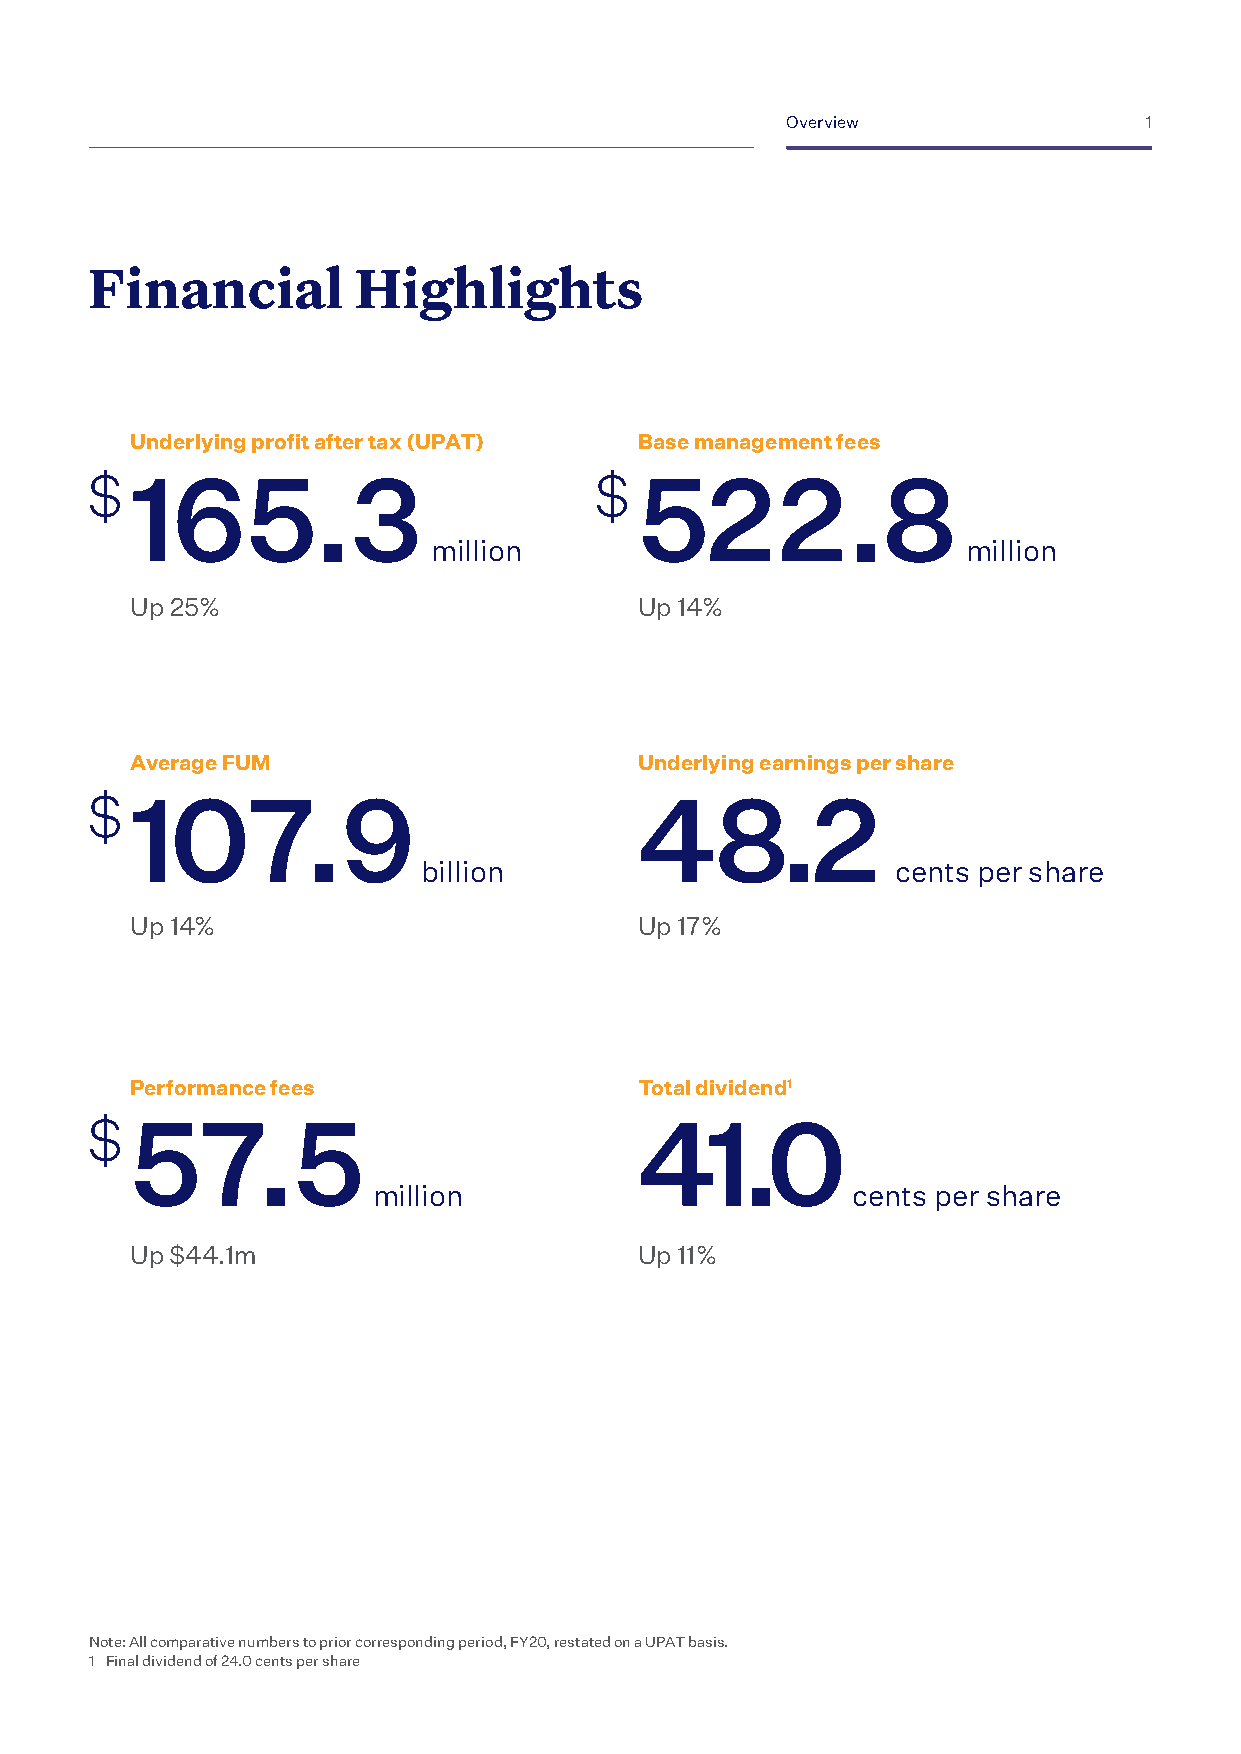
Overview                1
 Financial         Highlights
 Underlying profit after tax (UPAT) Base management fees
 $  165.3                         $  522.8
 million                            million
 Up 25%                           Up 14%
 Average FUM                      Underlying earnings per share
 $  107.9                            48.2
 billion                        cents per share
 Up 14%                           Up 17%
 Performance fees                 Total dividend1
 $  57.5                             41.0
 million                        cents per share
 Up $44.1m                        Up 11%
 Note: All comparative numbers to prior corresponding period, FY20, restated on a UPAT basis.
 1 Final dividend of 24.0 cents per share